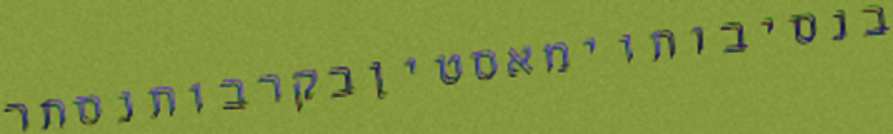
בנסיבותוימאסטיןבקרבותנסתר